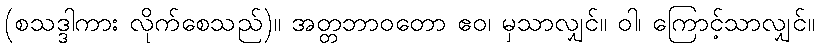
(စသဒ္ဒါကား လိုက်စေသည်)။ အတ္တဘာဝတော ဧဝ၊ မှသာလျှင်။ ဝါ၊ ကြောင့်သာလျှင်။